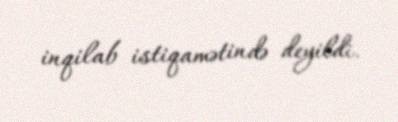
inqilab istiqamətində deyildi.